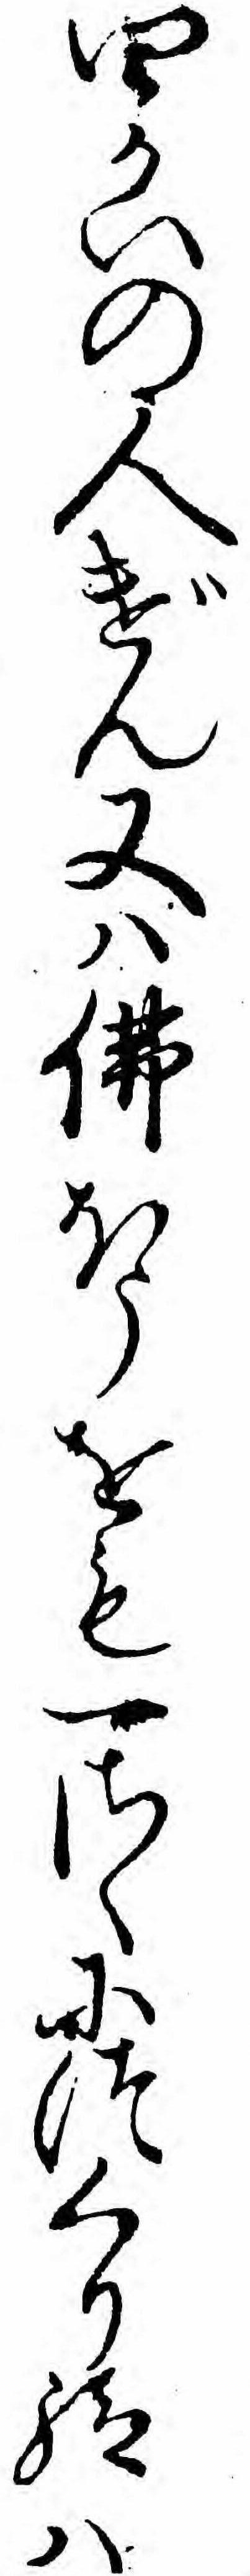
四かいの人げん又ハ仏ほうをも一さくにつくり給ハ